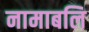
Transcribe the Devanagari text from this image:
नामाबलि